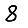
Digit: 8